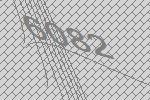
6082